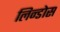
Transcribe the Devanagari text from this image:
लिन्डोस